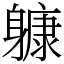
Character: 躿